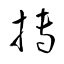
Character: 摶